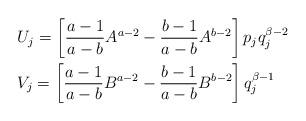
LaTeX: \begin{align*}&U_{j}=\left[\frac{a-1}{a-b}A^{a-2}-\frac{b-1}{a-b}A^{b-2}\right]p_{j}q^{\beta-2}_{j}\\&V_{j}=\left[\frac{a-1}{a-b}B^{a-2}-\frac{b-1}{a-b}B^{b-2}\right]q^{\beta-1}_{j}\end{align*}